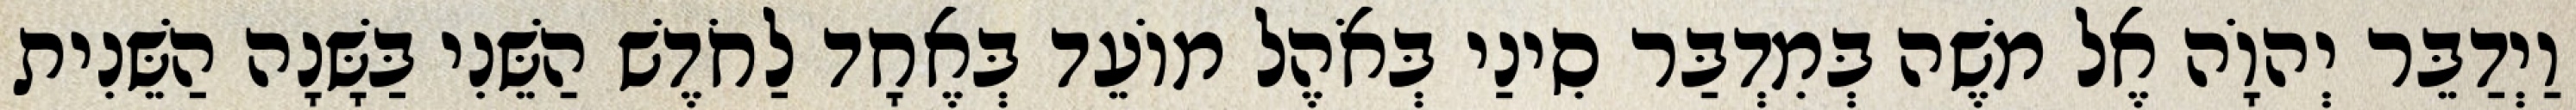
וַיְדַבֵּר יְהוָֹה אֶל משֶׁה בְּמִדְבַּר סִינַי בְּאֹהֶל מוֹעֵד בְּאֶחָד לַחֹדֶשׁ הַשֵּׁנִי בַּשָּׁנָה הַשֵּׁנִית